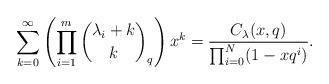
LaTeX: \begin{align*} \sum_{k=0}^\infty\left(\prod_{i=1}^m\binom{\lambda_i +k}{k}_q\right) x^k=\frac{C_{\lambda}(x,q)}{\prod_{i=0}^{N}(1-xq^i)}. \end{align*}